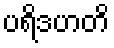
ပရိဒဟတိ